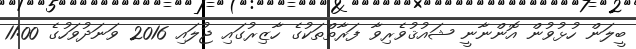
ބީލަން ހުޅުވުން އޮންނާނީ ޝައުޤުވެރިވާ ފަރާތްތަކުގެ ހާޒިރުގައި ޖުލައި 2016 ވަނަދުވަހުގެ 11:00